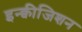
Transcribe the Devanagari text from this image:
इन्क्वीजिशन